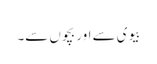
بیوی سے اور بچوں سے۔